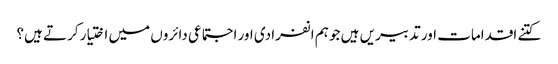
کتنے اقدامات اور تدبیریں ہیں جو ہم انفرادی اور اجتماعی دائروں میں اختیار کرتے ہیں؟